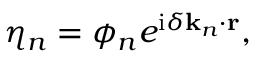
\eta _ { n } = \phi _ { n } e ^ { \mathrm { i } \delta \mathbf { k } _ { n } \cdot \mathbf { r } } ,